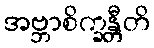
အဗ္ဘာစိက္ခန္တီတိ